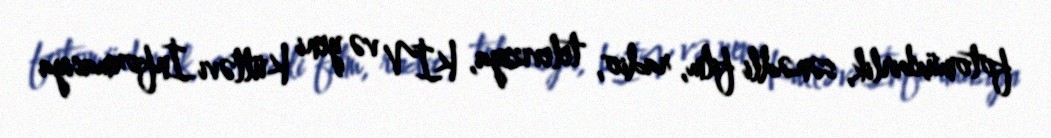
fotomüxbirlik, sənədli film, radio, televiziya, KİV və yeni Kütləvi İnformasiya